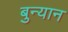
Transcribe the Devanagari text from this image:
बुन्यान